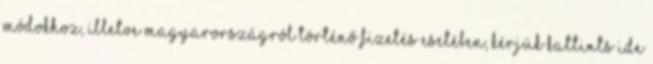
módokhoz, illetve Magyarországról történő fizetés esetében, kérjük kattints ide